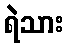
ရဲသား